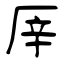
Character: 厗